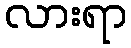
လားရာ